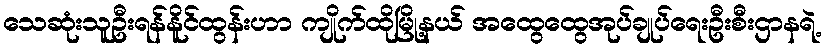
သေဆုံးသူဦးရန်နိူင်ထွန်းဟာ ကျိုက်ထိုမြို့နယ် အထွေထွေအုပ်ချုပ်ရေးဦးစီးဌာနရဲ့